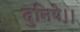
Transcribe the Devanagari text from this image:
दुनिये।।